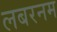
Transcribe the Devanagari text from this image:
लबरनम